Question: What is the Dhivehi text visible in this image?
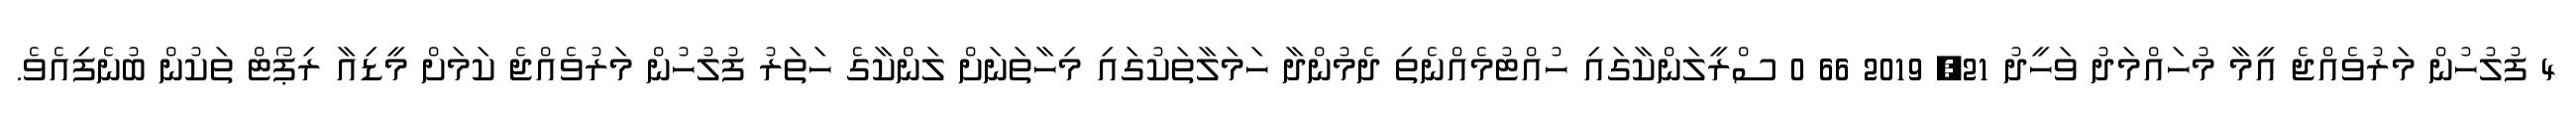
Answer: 4 ފުލުހުން މަރުވެއްޖެ އީމާ މުހައްމަދު ވަހީދު 21, 2019 66 0 ސްރީލަންކާގައި ހުއްޓުމެއްނެތި ދެމުންދާ ހަމަލާތަކުގައި މިހާތަނަށް ލަންކާގެ ހަތަރު ފުލުހުން މަރުވެއްޖެ ކަމަށް މީޑިއާ ރިޕޯޓް ތަކުން ބުނެފިއެވެ.